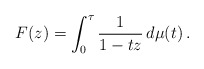
\begin{align*}F(z) = \int_0^\tau \frac1{1-tz}\,d\mu(t) \,.\end{align*}